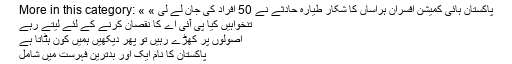
More in this category: « پاکستان ہائی کمیشن افسران ہراساں کا شکار طیارہ حادثے نے 50 افراد کی جان لے لی »
تنخواہیں کیا پی آئی اے کا نقصان کرنے کے لئے لیتے رہے
اصولوں پر کھڑے رہیں تو پھر دیکھیں ہمیں کون ہٹاتا ہے
پاکستان کا نام ایک اور بدترین فہرست میں شامل